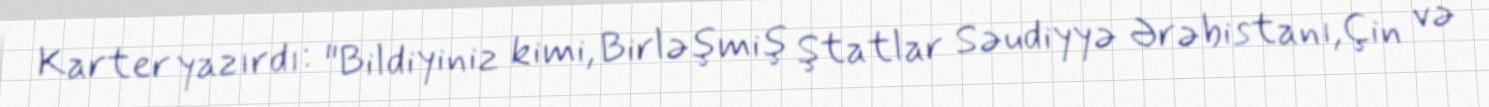
Karter yazırdı: "Bildiyiniz kimi, Birləşmiş Ştatlar Səudiyyə Ərəbistanı,Çin və